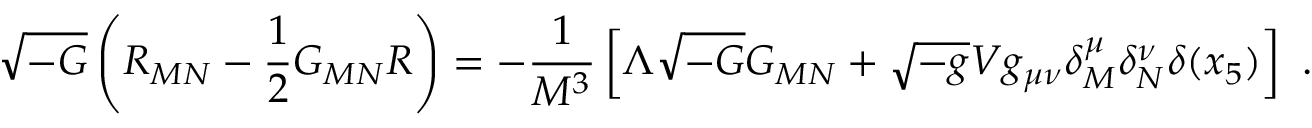
\sqrt { - G } \left( R _ { M N } - \frac { 1 } { 2 } G _ { M N } R \right) = - \frac { 1 } { M ^ { 3 } } \left[ \Lambda \sqrt { - G } G _ { M N } + \sqrt { - g } V g _ { \mu \nu } \delta _ { M } ^ { \mu } \delta _ { N } ^ { \nu } \delta ( x _ { 5 } ) \right] ~ .